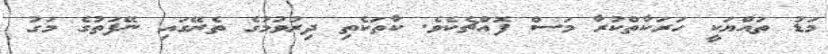
މަޑު ތައްޔަކީ ހަރަކާތްކުރާ މަސް ފޮއްޗެކެވެ. ކާތަކެތި ދިރުވުމުގެ ތެރޭގައި ނޭފަތުގެ މަގު